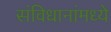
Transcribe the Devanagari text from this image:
संविधानांमध्ये